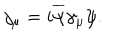
j _ { \mu } = i \overline { { { \psi } } } \gamma _ { \mu } \psi .